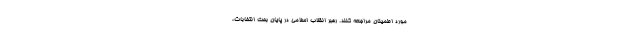
مورد اطمینان مراجعه کنند. رهبر انقلاب اسلامی در پایان بحث انتخابات،